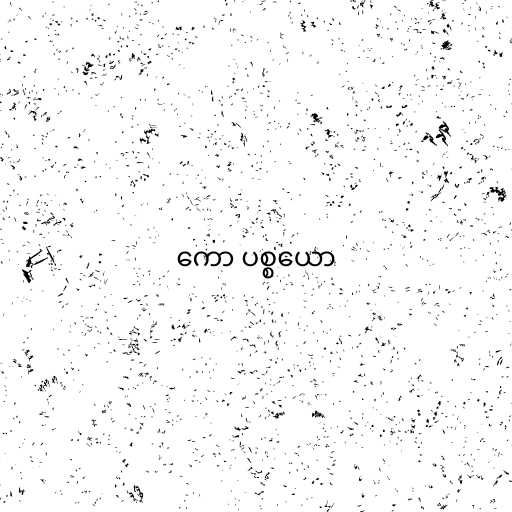
ကော ပစ္စယော